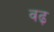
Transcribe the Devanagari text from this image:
वढ़